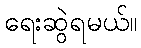
ရေးဆွဲရမယ်။